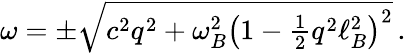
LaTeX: \begin{array}{r}{\omega=\pm\sqrt{c^{2}q^{2}+\omega_{B}^{2}\left(1-\frac{1}{2}q^{2}\ell_{B}^{2}\right)^{2}}\, .}\end{array}